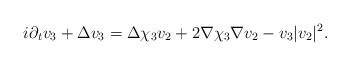
\begin{align*}i\partial_{t}v_{3}+\Delta v_{3}=\Delta \chi_{3} v_{2}+2\nabla \chi_{3}\nabla v_{2}-v_{3}|v_{2}|^{2}.\end{align*}